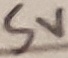
Text: 5V